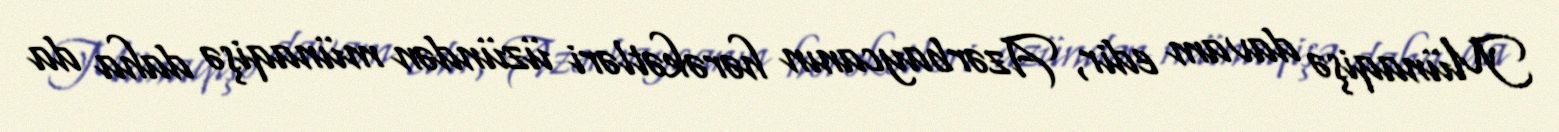
Münaqişə davam edir, Azərbaycanın hərəkətləri üzündən münaqişə daha da